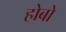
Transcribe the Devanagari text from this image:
होबो